Lyperosia minuta, Bezzi - Number 59
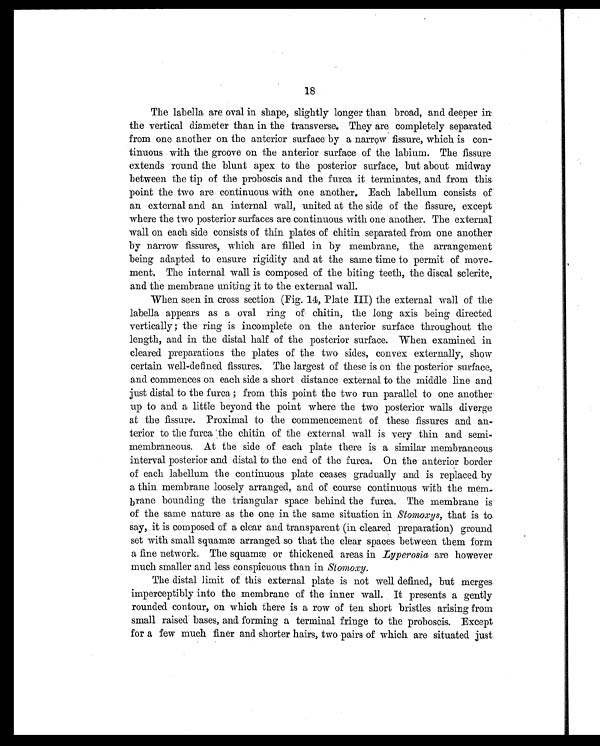
The labella are oval in shape, slightly longer than broad, and deeper in
the vertical diameter than in the transverse. They are completely separated
from one another on the anterior surface by a narrow fissure, which is con
-t i nuous wi t h t he groove on t he ant eri or surf ace of t he l abi um. The f i ssure
extends round the blunt apex to the posterior surface, but about midway
between the tip of the proboscis and the furca it terminates, and from this
point the two are continuous with one another. Each labellum consists of
an external and an internal wall, united at the side of the fissure, except
where the two posterior surfaces are continuous with one another. The external
wall on each side consists of thin plates of chitin separated from one another
by narrow fissures, which are filled in by membrane, the arrangement
being adapted to ensure rigidity and at the same time to permit of move
-ment . The i nt ernal wal l i s composed of t he bi t i ng t eet h, t he di scal scl eri t e,
and the membrane uniting it to the external wall.
When seen in cross section (Fig. 14, Plate III) the external wall of the
labella appears as a oval ring of chitin, the long axis being directed
vertically ; the ring is incomplete on the anterior surface throughout the
length, and in the distal half of the posterior surface. When examined in
cleared preparations the plates of the two sides, convex externally, show
certain well-defined fissures. The largest of these is on the posterior surface,
and commences on each side a short distance external to the middle line and
just distal to the furca ; from this point the two run parallel to one another
up to and a little beyond the point where the two posterior walls diverge
at the fissure. Proximal to the commencement of these fissures and an
-terior to the furca the chitin of the external wall is very thin and semi-
membraneous. At the side of each plate there is a similar membraneous
interval posterior and distal to the end of the furca. On the anterior border
of each labellum the continuous plate ceases gradually and is replaced by
a thin membrane loosely arranged, and of course continuous with the mem
- b r a n e b o u n d i n g t h e t r i a n g u l a r s p a c e b e h i n d t h e f u r c a . T h e m e m b r a n e i s
of the same nature as the one in the same situation in. Stomoxys, that is to
say, it is composed of a clear and transparent (in cleared preparation) ground
s e t wi t h s ma l l s q u a mæ a r r a n g e d s o t h a t t h e c l e a r s p a c e s b e t we e n t h e m f o r m
a f i ne net work. The squamæ or t hi ckened areas i n L y p e r o s i a
a r e h o w e v e r
much smaller and less conspicuous than in Stomoxy.
The distal limit of this external plate is not well defined, but merges
imperceptibly into the membrane of the inner wall. It presents a gently
rounded contour, on which there is a row of ten short bristles arising from
small raised bases, and forming a terminal fringe to the proboscis. Except
for a few much finer and shorter hairs, two pairs of which are situated just